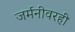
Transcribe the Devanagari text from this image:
जर्मनीवरही